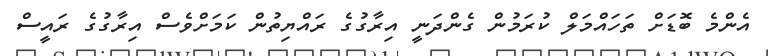
އެންމެ ބޮޑަށް ތަހައްމަލް ކުރަމުން ގެންދަނީ އިރާގުގެ ރައްޔިތުން ކަމަށްވެސް އިރާގުގެ ރައީސް